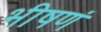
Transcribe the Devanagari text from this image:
भीषणं